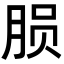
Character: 𬁽